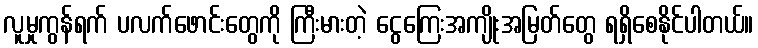
လူမှုကွန်ရက် ပလက်ဖောင်းတွေကို ကြီးမားတဲ့ ငွေကြေးအကျိုးအမြတ်တွေ ရရှိစေနိုင်ပါတယ်။